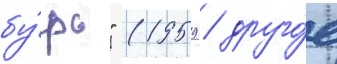
бу́рь" (1959 / друго́е